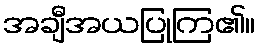
အချီအယပြုကြ၏။